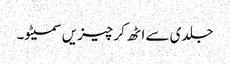
جلدی سے اٹھ کر چیزیں سمیٹو۔